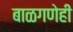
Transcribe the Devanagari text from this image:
बाळगणेही